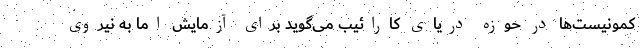
کمونیست‌ها در حوزه دریای کارائیب می‌گوید برای آزمایش اما به نیروی